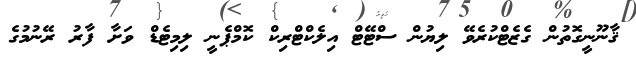
ޤާނޫނީގޮތުން ގެޒެޓްކުރެވޭ ލިޔުން ސްޓޭޓް އިލެކްޓްރިކް ކޮމްޕެނީ ލިމިޓެޑް ވަށާ ފާރު ރޭނުމުގެ